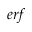
e r f